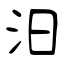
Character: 汨